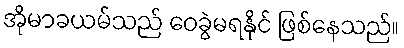
အိုမာခယမ်သည် ဝေခွဲမရနိုင် ဖြစ်နေသည်။